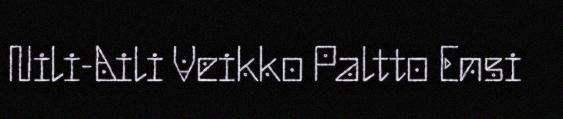
Nili-Aili Veikko Paltto Ensi